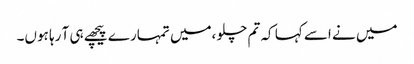
میں نے اسے کہا کہ تم چلو ،میں تمہارے پیچھے ہی آ رہا ہوں۔